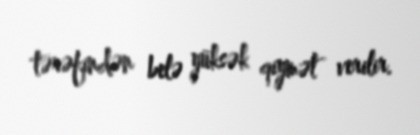
tərəfindən belə yüksək qiymət verilir.